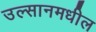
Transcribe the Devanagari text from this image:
उल्सानमधील